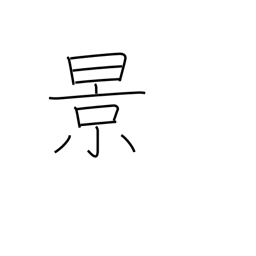
Meaning: scenery